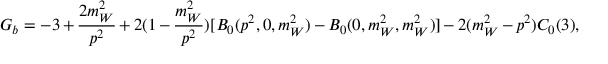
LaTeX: G _ { b } = - 3 + \frac { 2 m _ { W } ^ { 2 } } { p ^ { 2 } } + 2 ( 1 - \frac { m _ { W } ^ { 2 } } { p ^ { 2 } } ) [ B _ { 0 } ( p ^ { 2 } , 0 , m _ { W } ^ { 2 } ) - B _ { 0 } ( 0 , m _ { W } ^ { 2 } , m _ { W } ^ { 2 } ) ] - 2 ( m _ { W } ^ { 2 } - p ^ { 2 } ) C _ { 0 } ( 3 ) , \nonumber \protect \,